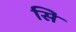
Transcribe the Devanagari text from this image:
सिे